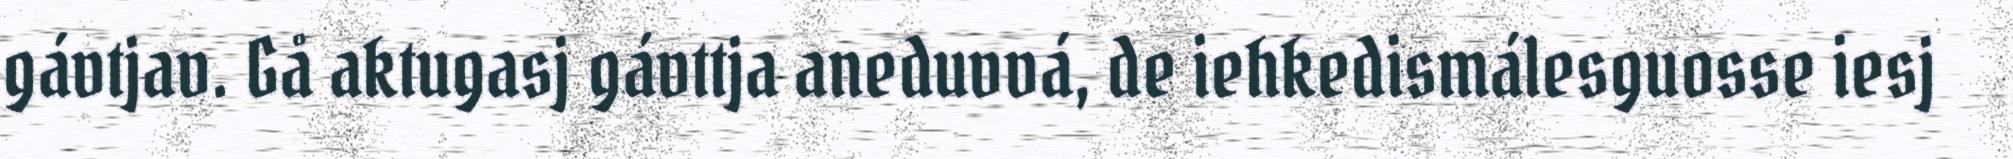
gávtjav. Gå aktugasj gávttja aneduvvá, de iehkedismálesguosse iesj